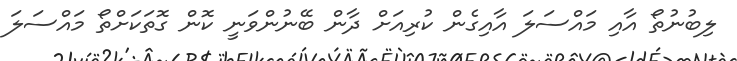
ލިބުނުތޯ އާއި މައްސަލަ އާއިގެން ކުރިއަށް ދާން ބޭނުންވަނީ ކޮން ގޮތަކަށްތޯ މައްސަލަ